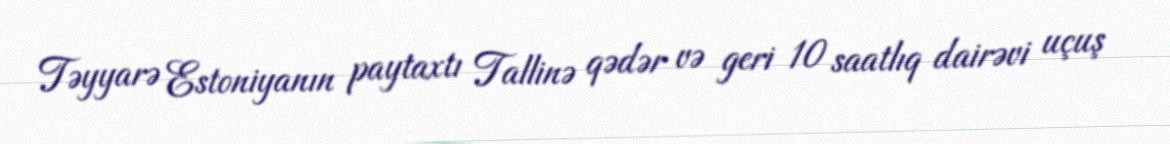
Təyyarə Estoniyanın paytaxtı Tallinə qədər və geri 10 saatlıq dairəvi uçuş